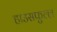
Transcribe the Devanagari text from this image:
हाउसफुल्ल